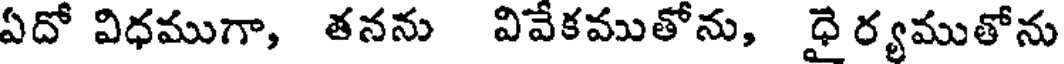
ఏదో విధముగా, తనను వివేకముతోను, ధై ర్యముతోను